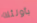
بأولئك